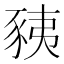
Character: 𧱅